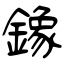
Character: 鐌